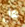
هل